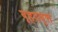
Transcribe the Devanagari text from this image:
बृहदवृत्त